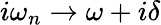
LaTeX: i\omega_{n}\rightarrow\omega+i\delta